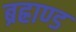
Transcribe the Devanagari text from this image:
ब्रह्राण्ड